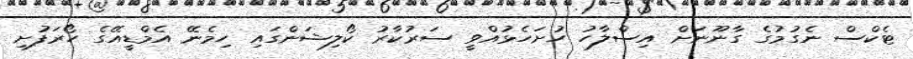
ޓެކްސް ނެގުމުގެ ގާނޫނަށް އިސްލާހު ހުށަހެޅުއްވީ ސަރުކާރު ކޯލިޝަންގައި ހިމެނޭ އެމްޑީއޭގެ ހޯރަފުށި